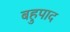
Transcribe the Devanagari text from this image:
बहुपाद